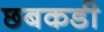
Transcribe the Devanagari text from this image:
छबकडी